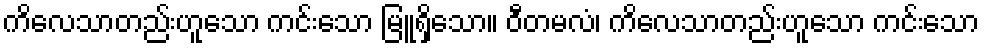
ကိလေသာတည်းဟူသော ကင်းသော မြူရှိသော။ ဝီတမလံ၊ ကိလေသာတည်းဟူသော ကင်းသော